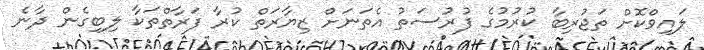
ލައިވްކޮށް ތަޖުރިބާ ކުރުމުގެ ފުރުސަތު އެތަނަށް ޒިޔާރަތް ކުރާ ފަރާތްތަކާ ލިބިގެން ދާނެ